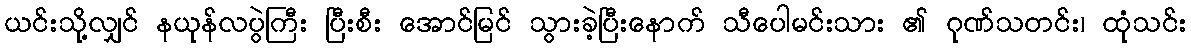
ယင်းသို့လျှင် နယုန်လပွဲကြီး ပြီးစီး အောင်မြင် သွားခဲ့ပြီးနောက် သီပေါမင်းသား ၏ ဂုဏ်သတင်း၊ ထုံသင်း